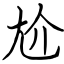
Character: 尬